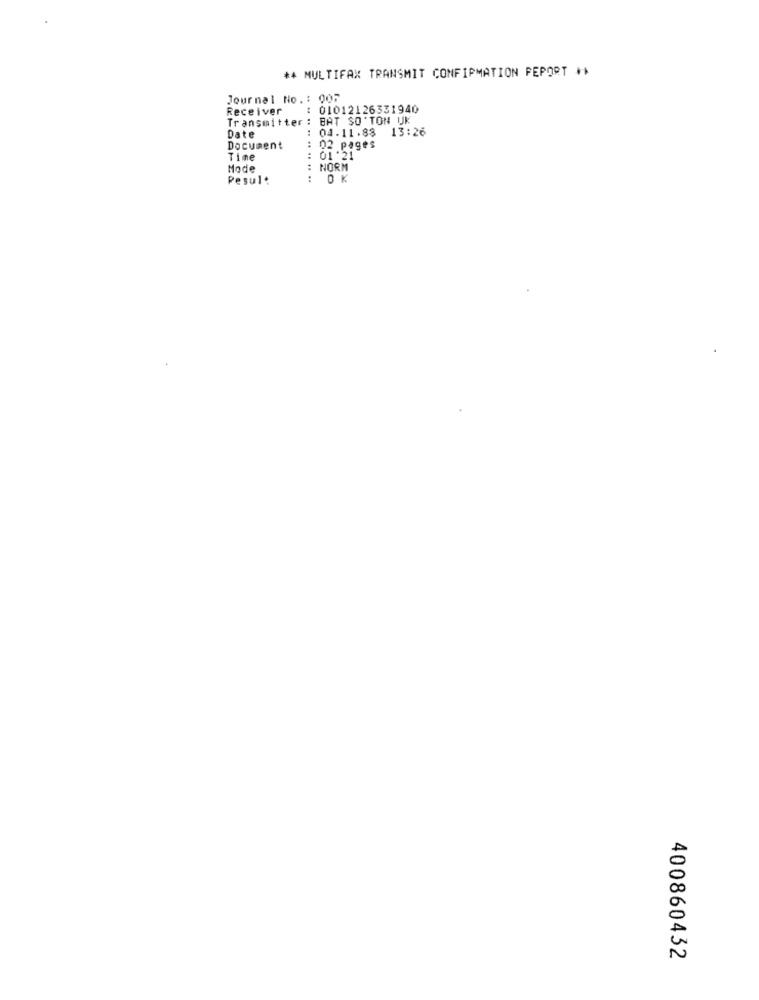
*4 MULTIFAX TRANSMIT CONFIRMATION FEPORT **
Journal No .: 005
Receiver
: 01012126331940
Transmitter : BAT SO'TON UK
Date
: 04.11.88
13:26
Document
02 pages
Time
....
01'21
Mode
: NORM
Pesult
: OK
A
A
400860432